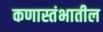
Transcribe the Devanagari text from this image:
कणास्तंभातील